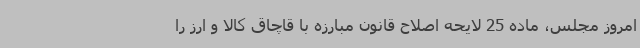
امروز مجلس، ماده 25 لایحه اصلاح قانون مبارزه با قاچاق کالا و ارز را